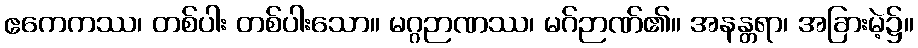
ဧကေကဿ၊ တစ်ပါး တစ်ပါးသော။ မဂ္ဂဉာဏဿ၊ မဂ်ဉာဏ်၏။ အနန္တရာ၊ အခြားမဲ့၌။